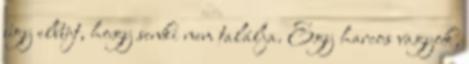
úgy elbújt, hogy senki nem találja. Egy harcos vagyok,